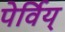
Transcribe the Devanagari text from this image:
पेर्विय्